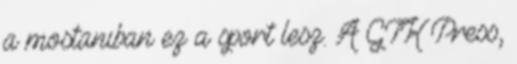
a mostaniban ez a sport lesz. A GTK Press,